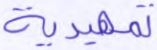
تمهيدية